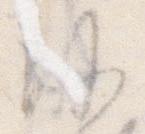
沙